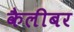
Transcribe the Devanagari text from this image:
कैलीबर